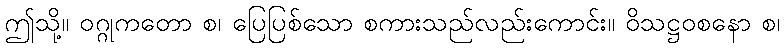
ဤသို့။ ဝဂ္ဂုကတော စ၊ ပြေပြစ်သော စကားသည်လည်းကောင်း။ ဝိသဋ္ဌဝစနော စ၊